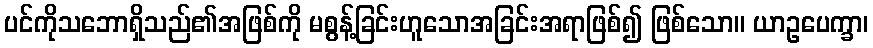
ပင်ကိုသဘောရှိသည်၏အဖြစ်ကို မစွန့်ခြင်းဟူသောအခြင်းအရာဖြစ်၍ ဖြစ်သော။ ယာဥပေက္ခာ၊